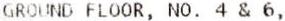
GROUND FLOOR, NO. 4 & 6,